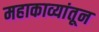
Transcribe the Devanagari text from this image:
महाकाव्यांतून